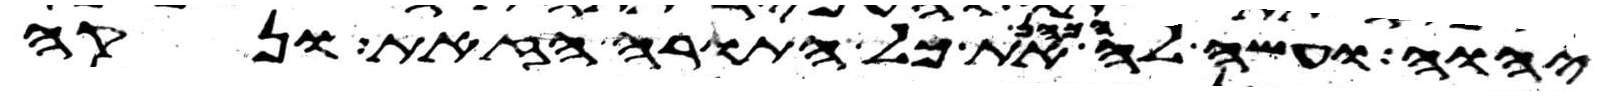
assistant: יהוה ועשה לה הכהן את כל התורה הזאת ונקה